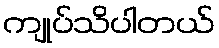
ကျုပ်သိပါတယ်